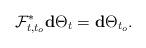
LaTeX: \begin{align*}\mathcal{F}_{t,t_o}^*\mathbf{d}\Theta_t=\mathbf{d}\Theta_{t_o}.\end{align*}